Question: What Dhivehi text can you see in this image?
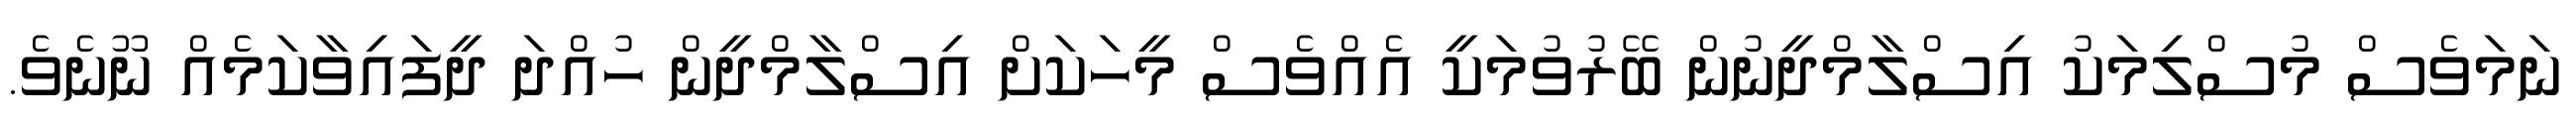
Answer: ނަމަވެސް މުސްލިމަކު އިސްލާމްދީނުން ބޭރުވުމަކީ އެއްވެސް މީހަކަށް އިސްލާމްދީން ހުއްދަ ދީފައިވާކަމެއް ނޫނެވެ.